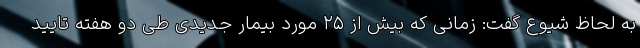
به لحاظ شیوع گفت: زمانی که بیش از ۲۵ مورد بیمار جدیدی طی دو هفته تایید